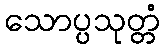
သောပ္ပသုတ္တံ